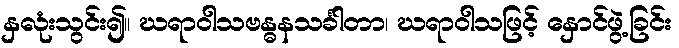
နှလုံးသွင်း၍။ ဃရာဝါသဗန္ဓနသင်္ခါတာ၊ ဃရာဝါသဖြင့် နှောင်ဖွဲ့ခြင်း